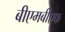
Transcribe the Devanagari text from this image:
बीएमबीएफ